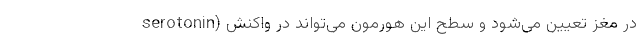
serotonin) در مغز تعیین می‌شود و سطح این هورمون می‌تواند در واکنش